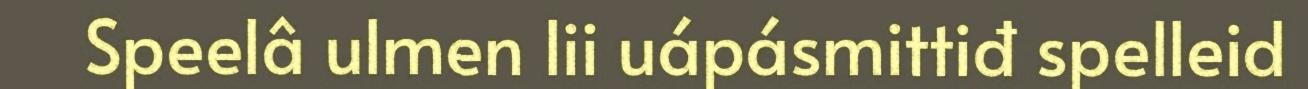
Speelâ ulmen lii uápásmittiđ spelleid